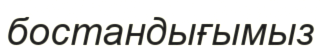
бостандығымыз